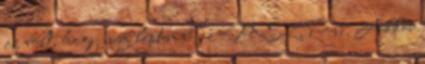
az volt, hogy nem léptem be az MSZP-be. Akkor